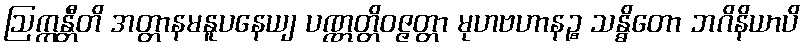
ဩက္ကန္တီတိ အတ္တာနမနူပနေယျ ပဏ္ဏတ္တိဝဇ္ဇတ္တာ မုဟဗဟာနဉ္စ သန္ဓိတော ဘဂိနိယာပိ